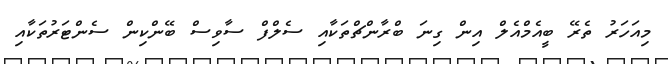
މިއަހަރު ތެރޭ ބީއެމްއެލް އިން ގިނަ ބްރާންޗްތަކާއި ސެލްފް ސާވިސް ބޭންކިން ސެންޓަރުތަކާއި